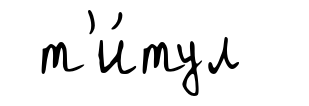
т'и́тул